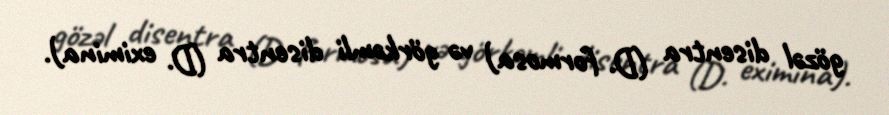
gözəl disentra (D. formosa) və görkəmli disentra (D. eximina).